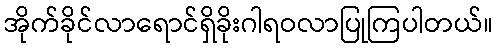
အိုက်ခိုင်လာရောင်ရှိခိုးဂါရဝလာပြုကြပါတယ်။